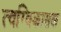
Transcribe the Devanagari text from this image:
त्वग्विकासक